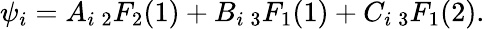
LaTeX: \psi_{i}=A_{i}\, {}_{2}F_{2}(1)+B_{i}\, {}_{3}F_{1}(1)+C_{i}\, {}_{3}F_{1}(2).